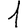
Digit: 1